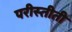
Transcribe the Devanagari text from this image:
परीस्तीती